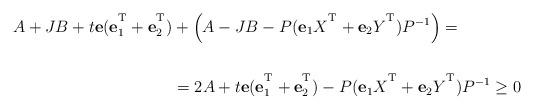
LaTeX: \begin{align*}A+JB+t{\bf e}({\bf e}_{1}^{\textsuperscript{T}}+{\bf e}_{2}^{\textsuperscript{T}})&+\left(A-JB-P({\bf e}_{1}X^{\textsuperscript{T}}+{\bf e}_{2}Y^{\textsuperscript{T}})P^{-1}\right) = \\ \\&= 2A+t{\bf e}({\bf e}_{1}^{\textsuperscript{T}}+{\bf e}_{2}^{\textsuperscript{T}})-P({\bf e}_{1}X^{\textsuperscript{T}}+{\bf e}_{2}Y^{\textsuperscript{T}})P^{-1}\geq 0\end{align*}